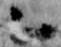
乙